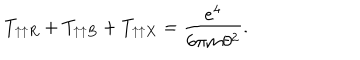
T _ { \uparrow \uparrow R } + T _ { \uparrow \uparrow B } + T _ { \uparrow \uparrow X } = \frac { e ^ { 4 } } { 6 \pi m \theta ^ { 2 } } .